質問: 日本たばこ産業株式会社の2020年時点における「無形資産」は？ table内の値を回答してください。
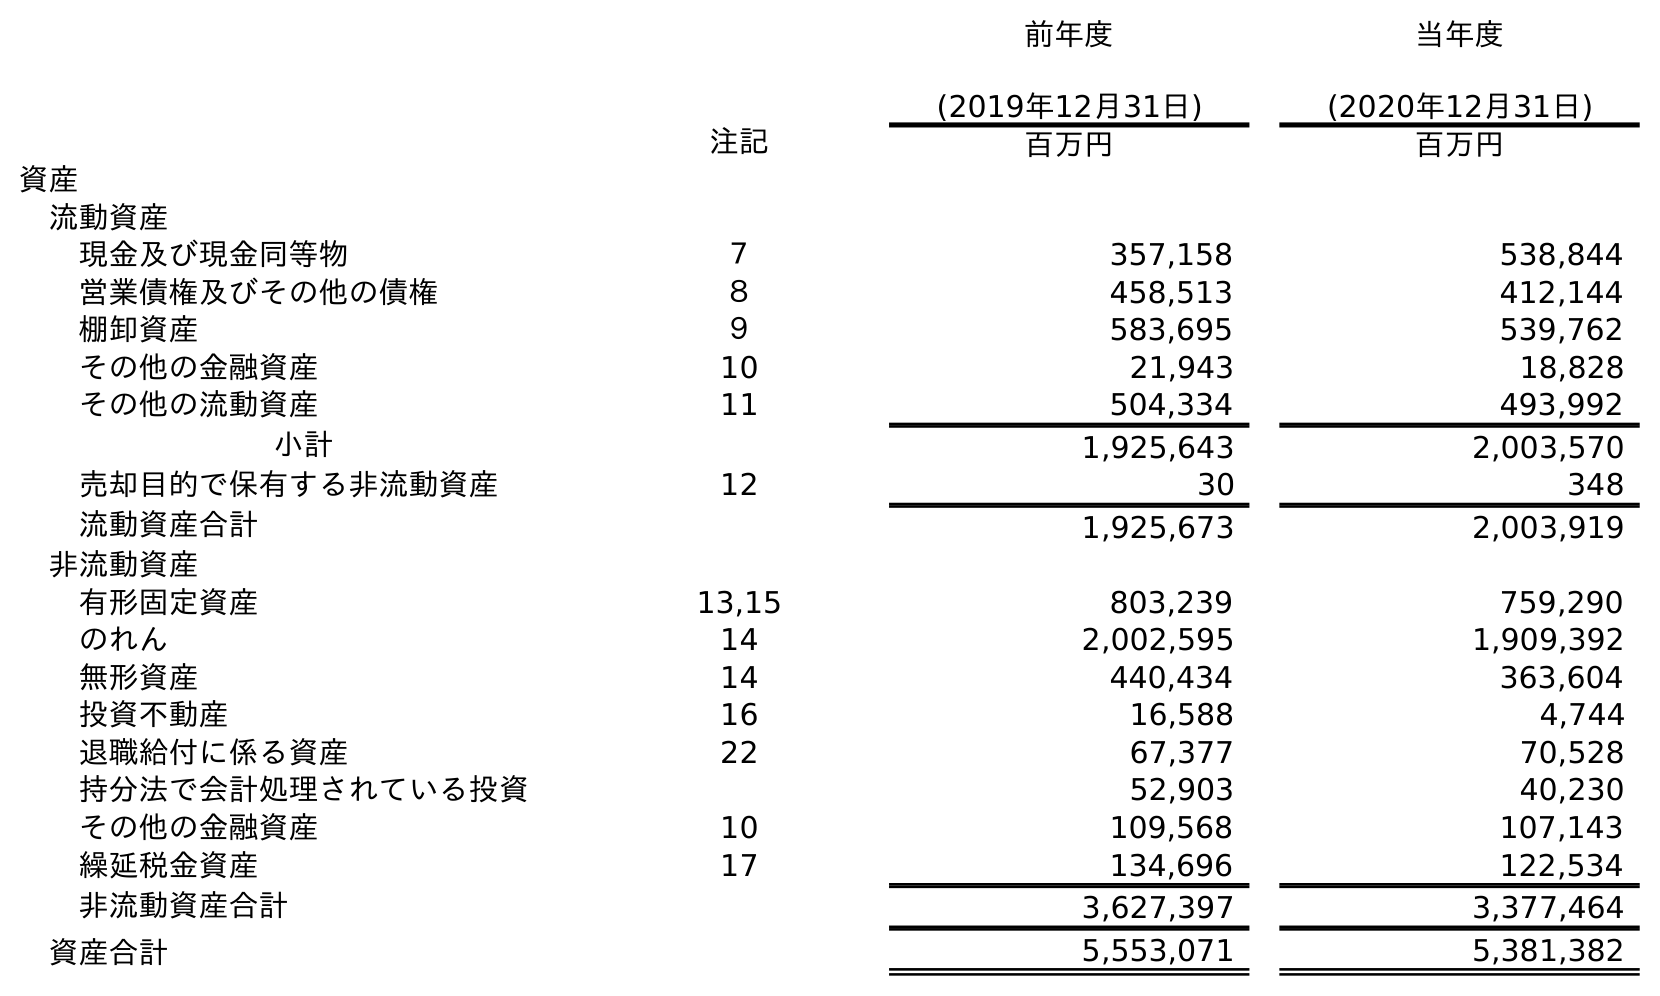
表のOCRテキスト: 前年度 (2019年12月31日) 当年度 (2020年12月31日) 注記 百万円 百万円 資産 流動資産 現金及び現金同等物 ７ 357,158 538,844 営業債権及びその他の債権 ８ 458,513 412,144 棚卸資産 ９ 583,695 539,762 その他の金融資産 10 21,943 18,828 その他の流動資産 11 504,334 493,992 小計 1,925,643 2,003,570 売却目的で保有する非流動資産 12 30 348 流動資産合計 1,925,673 2,003,919 非流動資産 有形固定資産 13,15 803,239 759,290 のれん 14 2,002,595 1,909,392 無形資産 14 440,434 363,604 投資不動産 16 16,588 4,744 退職給付に係る資産 22 67,377 70,528 持分法で会計処理されている投資 52,903 40,230 その他の金融資産 10 109,568 107,143 繰延税金資産 17 134,696 122,534 非流動資産合計 3,627,397 3,377,464 資産合計 5,553,071 5,381,382
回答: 363,604